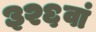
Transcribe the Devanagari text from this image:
३२६वां